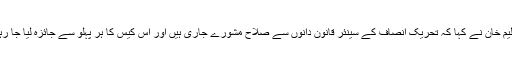
عبدالعلیم خان نے کہا کہ تحریک انصاف کے سینئر قانون دانوں سے صلاح مشورے جاری ہیں اور اس کیس کا ہر پہلو سے جائزہ لیا جا رہا ہے۔